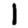
Digit: 1